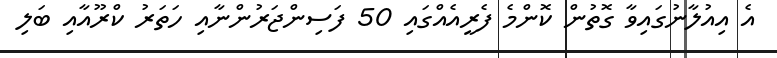
އެ އިއުލާނުގައިވާ ގޮތުން ކޮންމެ ފެރީއެއްގައި 50 ފަސިންޖަރުންނާއި ހަތަރު ކްރޫއާއި ބަލި